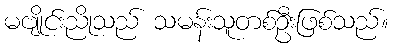
မဗျိုင်းညိုသည် သမန်းသူတစ်ဦးဖြစ်သည်။